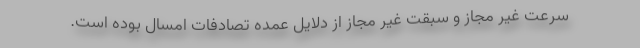
سرعت غیر مجاز و سبقت غیر مجاز از دلایل عمده تصادفات امسال بوده است.